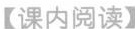
【课内阅读】